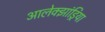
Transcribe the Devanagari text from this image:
आलेक्झांड्रिया